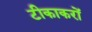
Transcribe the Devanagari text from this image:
टीकाकरों